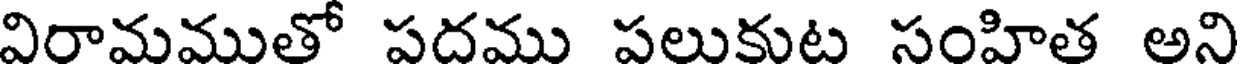
విరామముతో పదము పలుకుట సంహిత అని